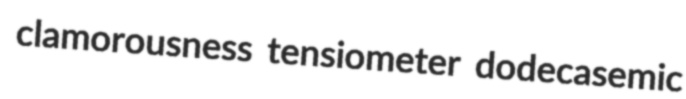
clamorousness tensiometer dodecasemic